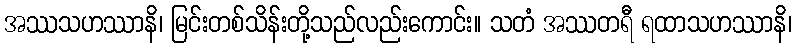
အဿသဟဿာနိ၊ မြင်းတစ်သိန်းတို့သည်လည်းကောင်း။ သတံ အဿတရီ ရထာသဟဿာနိ၊